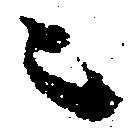
ニ